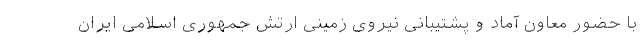
با حضور معاون آماد و پشتیبانی نیروی زمینی ارتش جمهوری اسلامی ایران